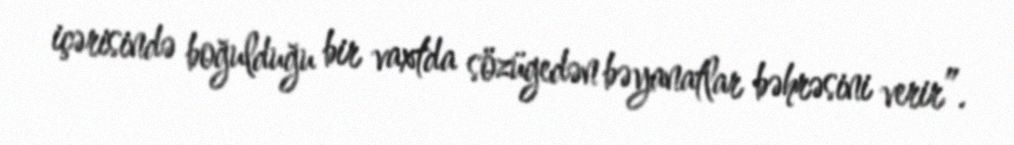
içərisində boğulduğu bir vaxtda sözügedən bəyanatlar bəhrəsini verir”.